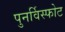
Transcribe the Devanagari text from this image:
पुनर्विस्फोट